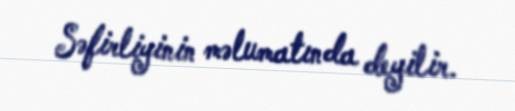
Səfirliyinin məlumatında deyilir.